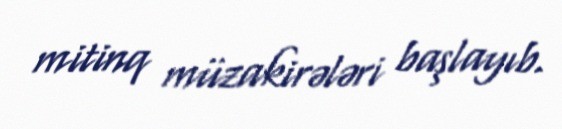
mitinq müzakirələri başlayıb.